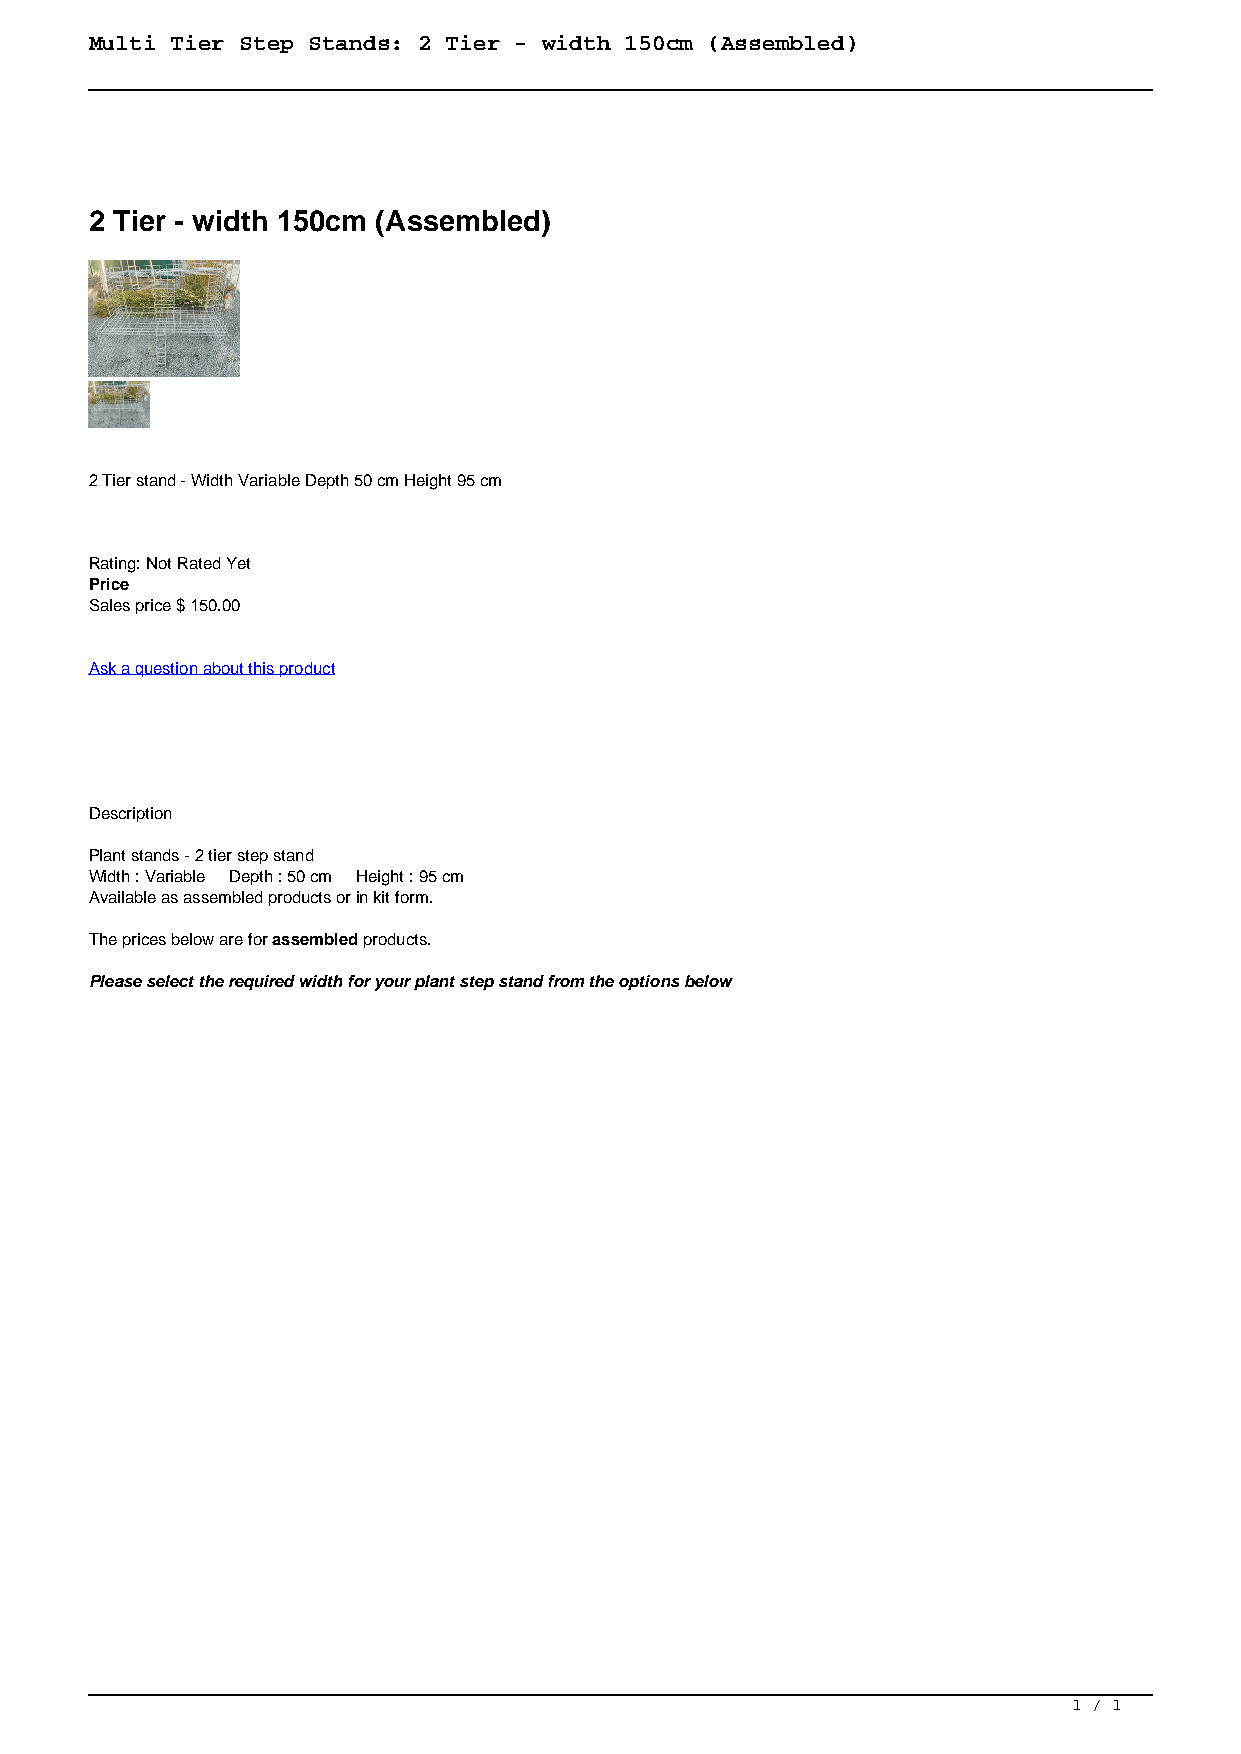
Multi Tier Step Stands: 2 Tier - width 150cm (Assembled)
 2 Tier - width 150cm (Assembled)
 2 Tier stand - Width Variable Depth 50 cm Height 95 cm
 Rating: Not Rated Yet
 Price
 Sales price $ 150.00
 Ask a question about this product
 Description
 Plant stands - 2 tier step stand
 Width : Variable Depth : 50 cm Height : 95 cm
 Available as assembled products or in kit form.
 The prices below are for assembled products.
 Please select the required width for your plant step stand from the options below
 1 / 1
 Powered by TCPDF (www.tcpdf.org)